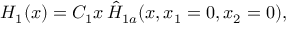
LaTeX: H _ { 1 } ( x ) = C _ { 1 } x \, \hat { H } _ { 1 a } ( x , x _ { 1 } = 0 , x _ { 2 } = 0 ) ,